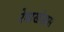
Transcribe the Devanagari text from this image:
रेषाखंडास